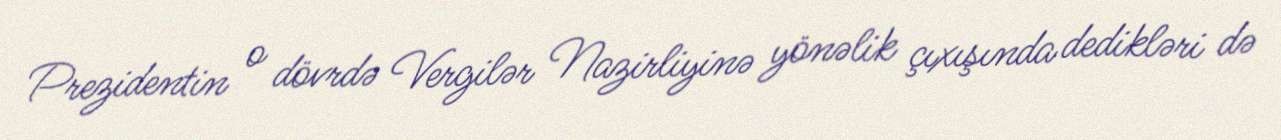
Prezidentin o dövrdə Vergilər Nazirliyinə yönəlik çıxışında dedikləri də